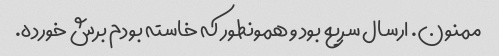
ممنون. ارسال سریع بود و همونطور که خاسته بودم برش خورده.